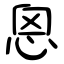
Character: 恖